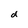
Character: d